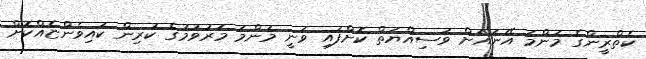
ކެތްރީންގެ މަންމަ އޭނައަށް ވަސިއްޔަތް ކޮށްފައި ވަނީ މަންމަ މަރުވުމުގެ ކުރިން ކައިވެންޏެއްކޮށް